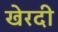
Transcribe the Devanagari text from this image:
खेरदी